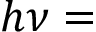
h \nu =